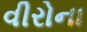
વીરોના